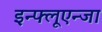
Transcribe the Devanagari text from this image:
इन्फ्लूएन्जा